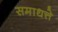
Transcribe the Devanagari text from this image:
समाधत्ते